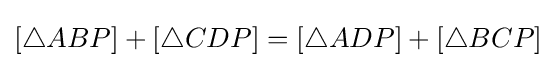
[\triangle ABP]+[\triangle CDP]=[\triangle ADP]+[\triangle BCP]